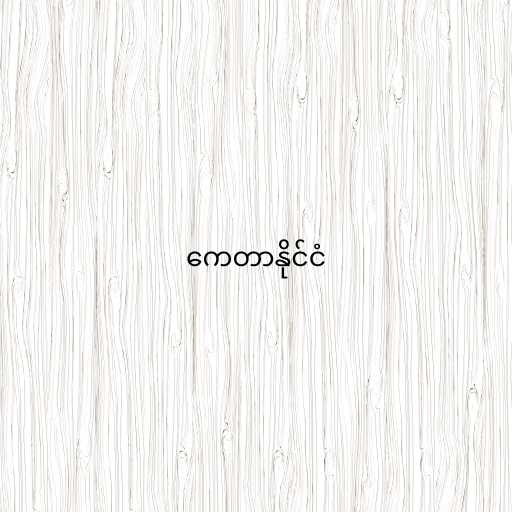
ကေတာနိုင်ငံ